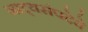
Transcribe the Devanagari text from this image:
नाट्यसंपदेचे